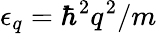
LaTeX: \epsilon_{q}=\hbar^{2}q^{2}/m